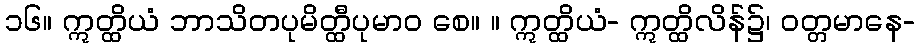
၁၆။ ဣတ္ထိယံ ဘာသိတပုမိတ္ထီပုမာဝ စေ။ ။ ဣတ္ထိယံ- ဣတ္ထိလိန်၌၊ ဝတ္တမာနေ-